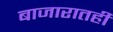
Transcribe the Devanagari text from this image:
बाजारातही